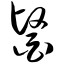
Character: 医